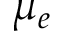
\mu _ { e }